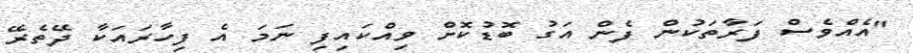
"އެއްވެސް ފަރާތަކުން ފެން އަގު ބޮޑުކޮށް ވިއްކައިފި ނަމަ އެ ފިހާރައަކާ ދޭތެރޭ